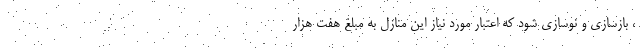
، بازسازی و نوسازی شود که اعتبار مورد نیاز این منازل به مبلغ هفت هزار